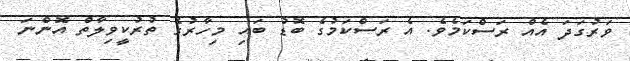
ވަރުގަދަ އެއް ރަސްކަމެވެ. އެ ރަސްކަމުގެ ބޮޑު ބައި މިހާރުގެ ތުރުކީވިލާތް އޮންނަ